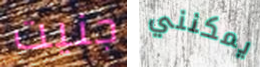
جنيت يمكنني